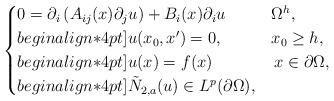
LaTeX: \begin{align*}\begin{cases}0=\partial_{i}\left(A_{ij}(x)\partial_{j}u\right) +B_{i}(x)\partial_{i}u & \Omega^h,\\begin{align*}4pt]u(x_0,x') = 0, & x_0 \geq h,\\begin{align*}4pt]u(x)=f(x) & \,x\in\partial\Omega, \\begin{align*}4pt]\tilde{N}_{2,a}(u) \in L^{p}(\partial \Omega), &\end{cases}\end{align*}